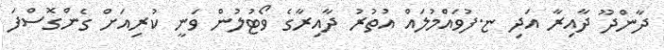
ދާންދޫ ދާއިރާ އަދި ޏ.ފުވައްމުލައް އުތުރު ދާއިރާގެ ވޯޓުލުން ވަނީ ކުރިއަށް ގެންގޮސްފަ